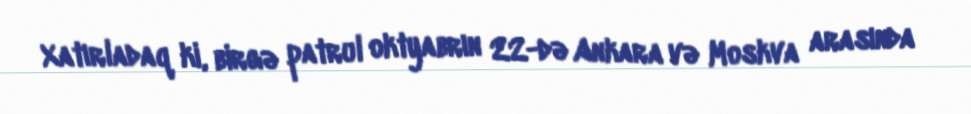
Xatırladaq ki, birgə patrul oktyabrın 22-də Ankara və Moskva arasında